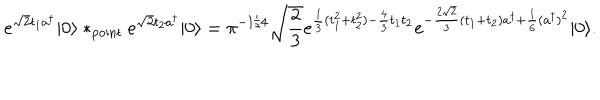
LaTeX: e ^ { \sqrt { 2 } t _ { 1 } a ^ { \dagger } } \vert 0 \rangle * _ { \mathrm { p o i n t } } e ^ { \sqrt { 2 } t _ { 2 } a ^ { \dagger } } \vert 0 \rangle = \pi ^ { - 1 / 4 } \sqrt { \frac { 2 } { 3 } } e ^ { { \frac { 1 } { 3 } } ( t _ { 1 } ^ { 2 } + t _ { 2 } ^ { 2 } ) - { \frac { 4 } { 3 } } t _ { 1 } t _ { 2 } } e ^ { - { \frac { 2 \sqrt { 2 } } { 3 } } ( t _ { 1 } + t _ { 2 } ) a ^ { \dagger } + { \frac { 1 } { 6 } } ( a ^ { \dagger } ) ^ { 2 } } \vert 0 \rangle .